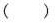
（ ）